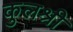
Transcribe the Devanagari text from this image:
कुलश्री